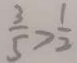
\frac { 3 } { 5 } > \frac { 1 } { 2 }